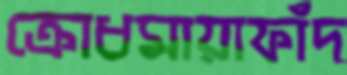
ক্রোধমায়াফাঁদ